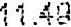
11.49